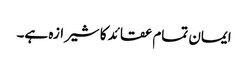
ایمان تمام عقائد کا شیرازہ ہے۔